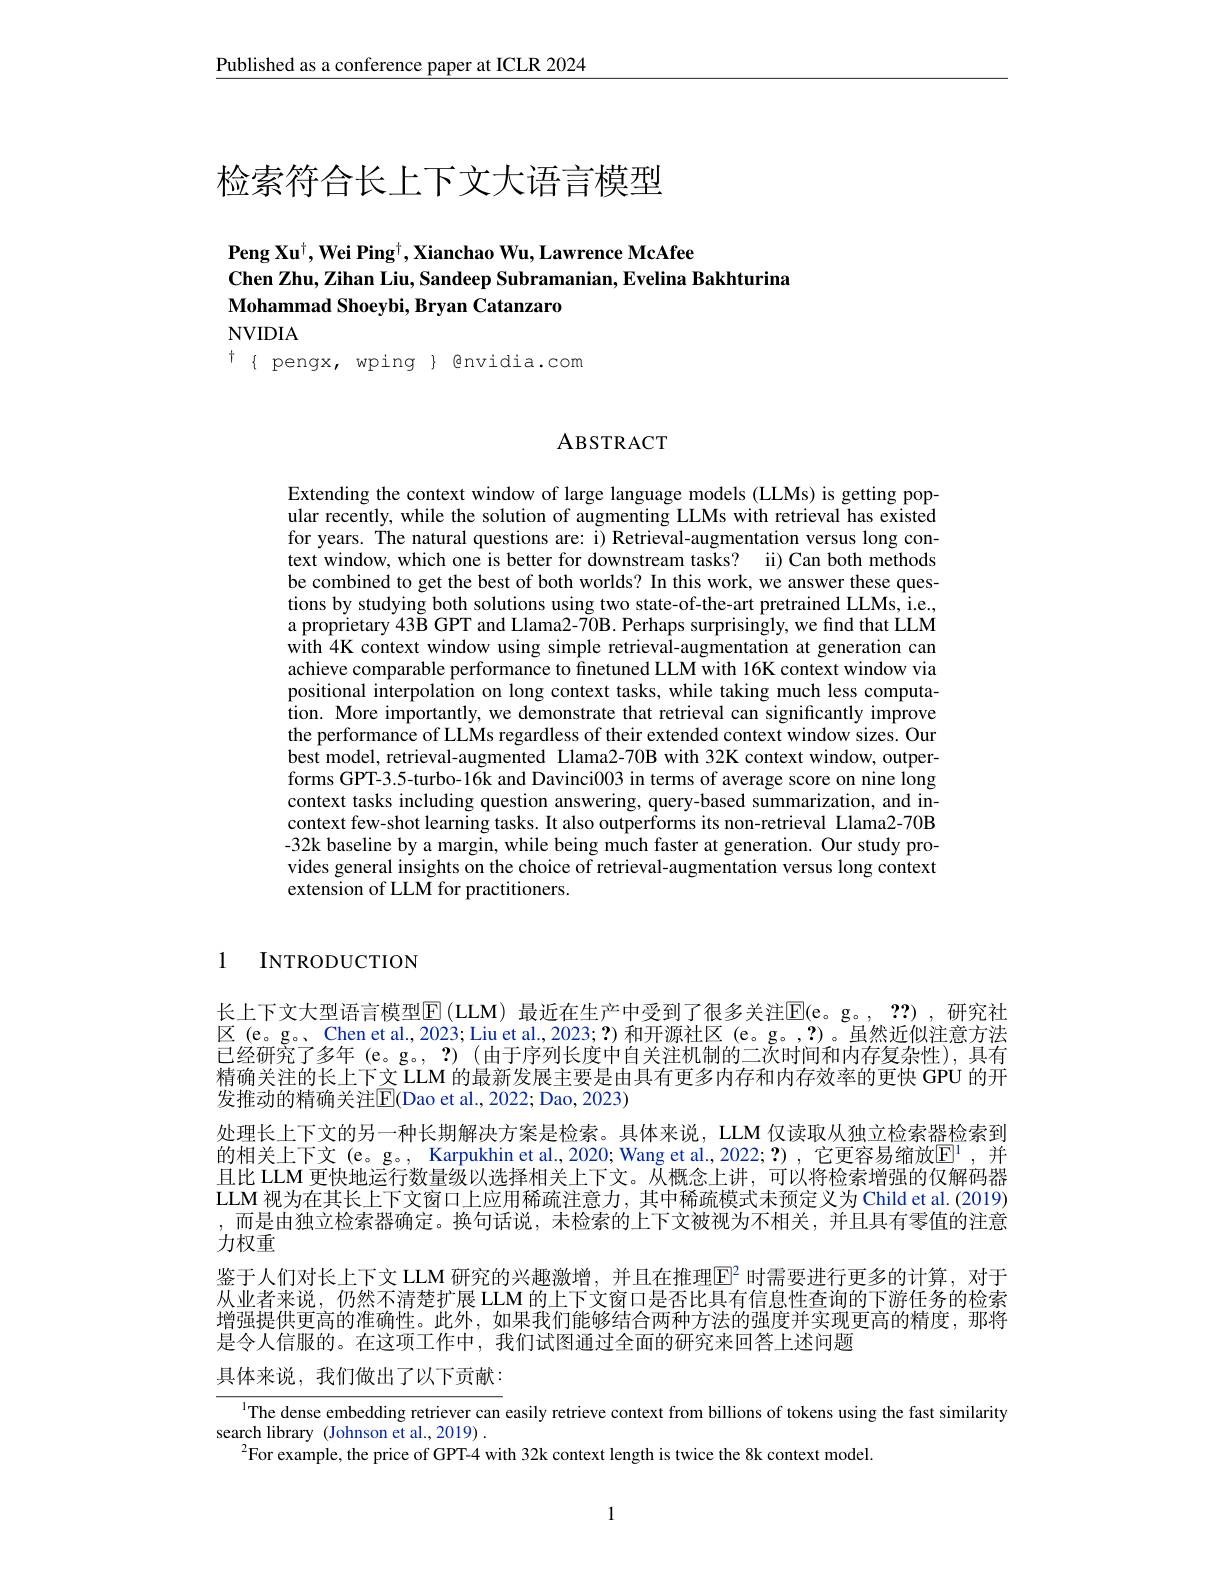
Published as a conference paper at ICLR 2024

# 检索符合长上下文大语言模型

# $\mathbf{PengXu}^{\dagger},\mathbf{WeiPing}^{\dagger},\mathbf{XianchaoWu},\mathbf{LawrenceMcAfee}$ Chen Zhu, Zihan Liu, Sandeep Subramanian, Evelina Bakhturina Mohammad Shoeybi, Bryan Catanzaro NVIDIA

${\mathrm{t}}{\{\mathrm{~pengx,~wping}}{\mathrm{~envidia.com}}$

## ABSTRACT

Extending the context window of large language models (LLMs) is getting popular recently, while the solution of augmenting LLMs with retrieval has existed for years. The natural questions are: i) Retrieval-augmentation versus long context window, which one is better for downstream tasks? ii) Can both methods be combined to get the best of both worlds? In this work, we answer these questions by studying both solutions using two state-of-the-art pretrained LLMs, i.e., a proprietary 43B GPT and Llama2-70B. Perhaps surprisingly, we find that LLM with 4K context window using simple retrieval-augmentation at generation can achieve comparable performance to finetuned LLM with 16K context window via positional interpolation on long context tasks, while taking much less computation. More importantly, we demonstrate that retrieval can significantly improve the performance of LLMs regardless of their extended context window sizes. Our best model, retrieval-augmented Llama2-70B with 32K context window, outperforms GPT-3.5-turbo-16k and Davinci003 in terms of average score on nine long context tasks including question answering, query-based summarization, and incontext few-shot learning tasks. It also outperforms its non-retrieval Llama2-70B -32k baseline by a margin, while being much faster at generation. Our study provides general insights on the choice of retrieval-augmentation versus long context extension of LLM for practitioners.

1 INTRODUCTION

长上下文大型语言模型$\operatorname{E}($LLM) 最近在生产中受到了很多关注$\operatorname{E}($e。g。,??),研究社区 (e。g。、Chen et al., 2023; Liu et al., 2023; ?) 和开源社区 (e。g。,?)。虽然近似注意方法已经研究了多年 (e。g。, ?) (由于序列长度中自关注机制的二次时间和内存复杂性),具有精确关注的长上下文 LLM 的最新发展主要是由具有更多内存和内存效率的更快 GPU 的开发推动的精确关注$\boxed{\mathrm{E}}($Dao et al., 2022; Dao, 2023)
处理长上下文的另一种长期解决方案是检索。具体来说，LLM 仅读取从独立检索器检索到的相关上下文 (e。g。, Karpukhin et al., 2020; Wang et al., 2022; ?) , 它更容易缩放$\mathbb{E}^{\mathrm{l}}$ ,并且比 LLM 更快地运行数量级以选择相关上下文。从概念上讲，可以将检索增强的仅解码器LLM 视为在其长上下文窗口上应用稀疏注意力，其中稀疏模式未预定义为 Child et al. (2019) ,而是由独立检索器确定。换句话说，未检索的上下文被视为不相关，并且具有零值的注意力权重
鉴于人们对长上下文 LLM 研究的兴趣激增，并且在推理$\mathbb{E}^2$ 时需要进行更多的计算，对于从业者来说，仍然不清楚扩展 LLM 的上下文窗口是否比具有信息性查询的下游任务的检索增强提供更高的准确性。此外，如果我们能够结合两种方法的强度并实现更高的精度，那将是令人信服的。在这项工作中，我们试图通过全面的研究来回答上述问题

具体来说，我们做出了以下贡献：

$\frac{\text{The dense embedding retriever can }}{\text{easily retrieve context from billions of tokens using the fast similarity}}$
search library (Johnson et al.,2019) .
$^{2}$For example, the price of GPT-4 with 32k context length is twice the 8k context model.